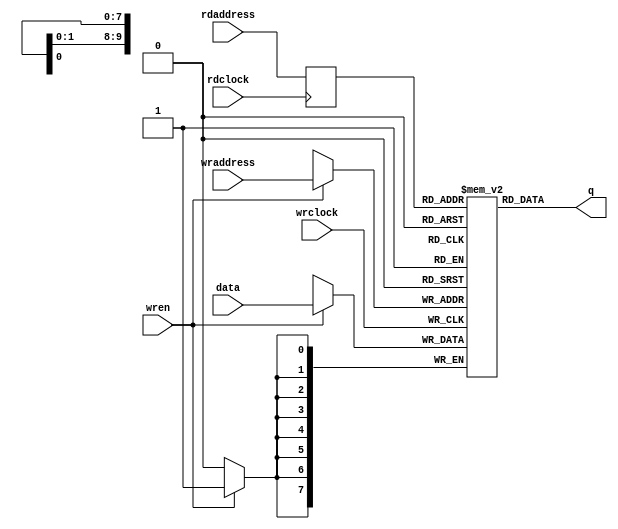
module dp_ram
#
(
	parameter DATA_WIDTH = 8,
	parameter MEM_SIZE = 720
)
(
	data,
	rdaddress,
	rdclock,
	wraddress,
	wrclock,
	wren,
	q
);

input	[DATA_WIDTH - 1:0]  data;
input	[log2ceil(MEM_SIZE) - 1 :0]  rdaddress;
input	  rdclock;
input	[log2ceil(MEM_SIZE) - 1 :0]  wraddress;
input	  wrclock;
input	  wren;
output	[DATA_WIDTH - 1:0]  q;

// --------------------------------------------------
// Calculates the log2ceil of the input value
// --------------------------------------------------
function integer log2ceil;
    input integer val;
    integer i;
    begin
        i = 1;
        log2ceil = 0;
        while (i < val) begin
            log2ceil = log2ceil + 1;
            i = i << 1;
        end
    end
endfunction

reg [log2ceil(MEM_SIZE) - 1 :0] read_addr;
reg[DATA_WIDTH - 1:0] mem [2**log2ceil(MEM_SIZE) - 1:0] /* synthesis syn_ramstyle="block_ram" */;
assign q = mem[read_addr];

// synthesis translate_off
reg [log2ceil(MEM_SIZE):0] j;
initial
begin
	if(MEM_SIZE < 2)
	begin
		$display("MEM_SIZE is must > 1(%m)");
		$stop();
	end
    $display("address width is %d(%m)\n",log2ceil(MEM_SIZE));
	for(j=0;j < 2**log2ceil(MEM_SIZE);j = j + 1)
		mem[j] <= {DATA_WIDTH{1'b0}};
end
// synthesis translate_on
always@(posedge rdclock)
begin
	read_addr <= rdaddress;
end
always@(posedge wrclock)
begin
	if(wren)
		mem[wraddress] <= data;
end
endmodule